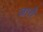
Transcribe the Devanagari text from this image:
जारौं